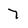
Character: 7